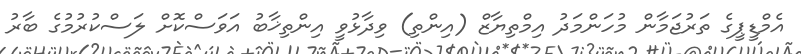
އެމްޑީޕީގެ ތަރުޖަމާން މުހަންމަދު އިމްތިޔާޒް (އިންތި) ވިދާޅުވީ އިންތިޚާބު އަވަސްކޮށް ލަސްކުރުމުގެ ބާރު